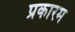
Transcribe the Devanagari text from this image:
प्रकारम